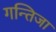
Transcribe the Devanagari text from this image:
गन्तिजा